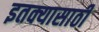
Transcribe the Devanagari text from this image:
इतक्यासाठी